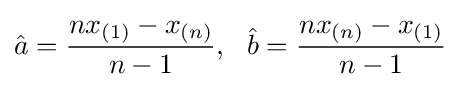
{\hat {a}}={\frac {nx_{(1)}-x_{(n)}}{n-1}},\ \ {\hat {b}}={\frac {nx_{(n)}-x_{(1)}}{n-1}}